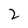
Character: 2